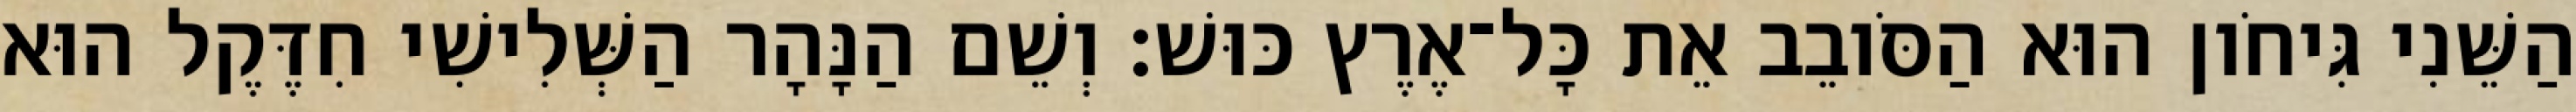
הַשֵּׁנִי גִּיחֹון הוּא הַסֹּובֵב אֵת כָּל־אֶרֶץ כּוּשׁ׃ וְשֵׁם הַנָּהָר הַשְּׁלִישִׁי חִדֶּקֶל הוּא